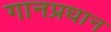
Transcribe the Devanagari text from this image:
गानप्रधान